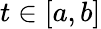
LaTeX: t\in[a,b]